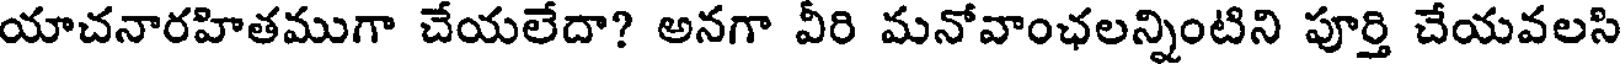
యాచనారహితముగా చేయలేదా? అనగా వీరి మనోవాంఛలన్నింటిని పూర్తి చేయవలసి